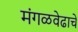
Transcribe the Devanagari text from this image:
मंगळवेढाचे